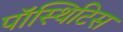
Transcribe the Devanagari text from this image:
पॉस्थिटिस